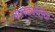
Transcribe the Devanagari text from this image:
पालकसंस्था